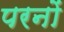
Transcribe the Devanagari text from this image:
परनों